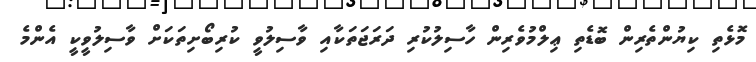
މޮޅެތި ކިޔުންތެރިން ބޮޑެތި ޢިލްމުވެރިން ހާސިލުކުރި ދަރަޖަތަކާއި ވާސިލުވީ ކުރިބޯށިތަކަށް ވާސިލުވީކީ އެންމެ